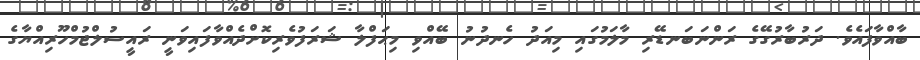
ބާއްވާފައެވެ. ދަރުބާރުގޭގެ ރަންނަބަނޑޭރި މާލަމުގައި މިއަދު ހެނދުނު ބޭއްވި މިޙަފްލާ ޝަރަފުވެރިކޮށްދެއްވާފައިވަނީ ރައީސުލްޖުމްހޫރިއްޔާގެ